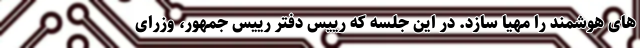
های هوشمند را مهیا سازد. در این جلسه که رییس دفتر رییس جمهور، وزرای